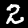
Digit: 2